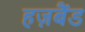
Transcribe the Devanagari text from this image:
हज़बैंड